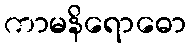
ကာမနိရောဓော